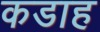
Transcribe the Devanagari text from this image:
कडाह